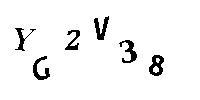
YG2V38